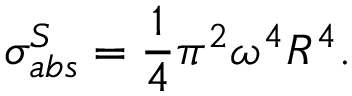
\sigma _ { a b s } ^ { S } = \frac { 1 } { 4 } \pi ^ { 2 } \omega ^ { 4 } R ^ { 4 } .